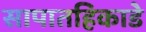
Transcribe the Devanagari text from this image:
सापातहिकाडे